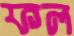
ফল